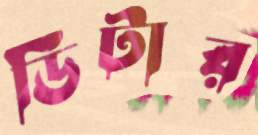
ডিটার